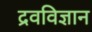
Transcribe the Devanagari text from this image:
द्रवविज्ञान